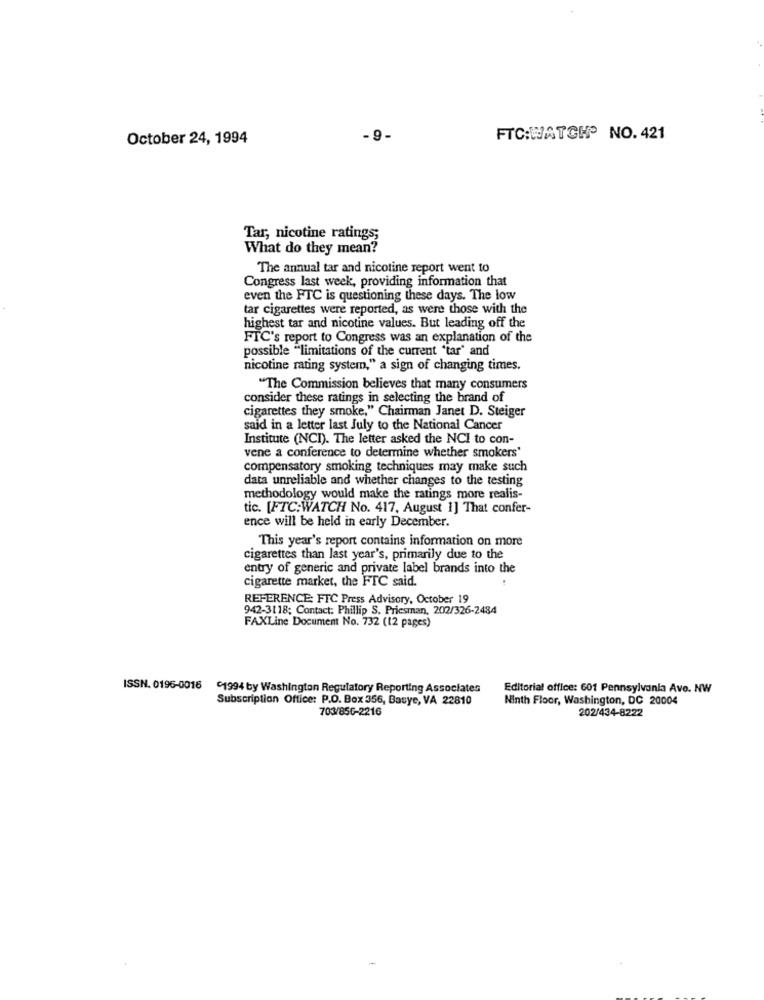
October 24, 1994
-9-
FTC:WATCH® NO. 421
Tar, nicotine ratings;
What do they mean?
The annual tar and nicotine report went to
Congress last week, providing information that
even the FTC is questioning these days. The low
tar cigarettes were reported, as were those with the
highest tar and nicotine values. But leading off the
FTC's report to Congress was an explanation of the
possible "limitations of the current 'tar' and
nicotine rating system," a sign of changing times.
"The Commission believes that many consumers
consider these ratings in selecting the brand of
cigarettes they smoke," Chairman Janet D. Steiger
said in a letter last July to the National Cancer
Institute (NCI). The letter asked the NCI to con-
vene a conference to determine whether smokers'
compensatory smoking techniques may make such
data unreliable and whether changes to the testing
methodology would make the ratings more realis-
tic. [FTC:WATCH No. 417, August 1] That confer-
ence will be held in early December.
This year's report contains information on more
cigarettes than last year's, primarily due to the
entry of generic and private label brands into the
cigarette market, the FTC said.
REFERENCE: FTC Press Advisory, October 19
942-3118; Contact: Phillip S. Priesman, 202/326-2484
FAXLine Document No. 732 (12 pages)
ISSN. 0196-0016
1994 by Washington Regulatory Reporting Associates
Editorial office: 601 Pennsylvania Avo. NW
Subscription Office: P.O. Box 356, Basye, VA 22810
Ninth Floor, Washington, DC 20004
703/856-2216
202/434-8222